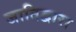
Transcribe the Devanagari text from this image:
जातिद्वारा